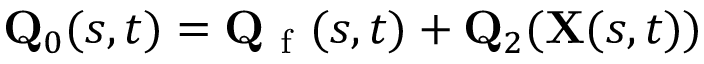
\mathbf { Q } _ { 0 } ( s , t ) = \mathbf { Q } _ { \mathrm { ~ f ~ } } ( s , t ) + \mathbf { Q } _ { 2 } ( \mathbf { X } ( s , t ) )